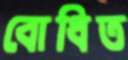
বোধিত